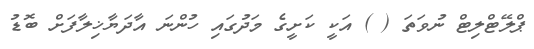
ޕްލޭޓްލިޓް ނުވަތަ ( ) އަކީ ކަށީގެ މަދުގައި ހުންނަ އާދަޔާޚިލާފަށް ބޮޑު